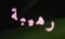
رهيبة